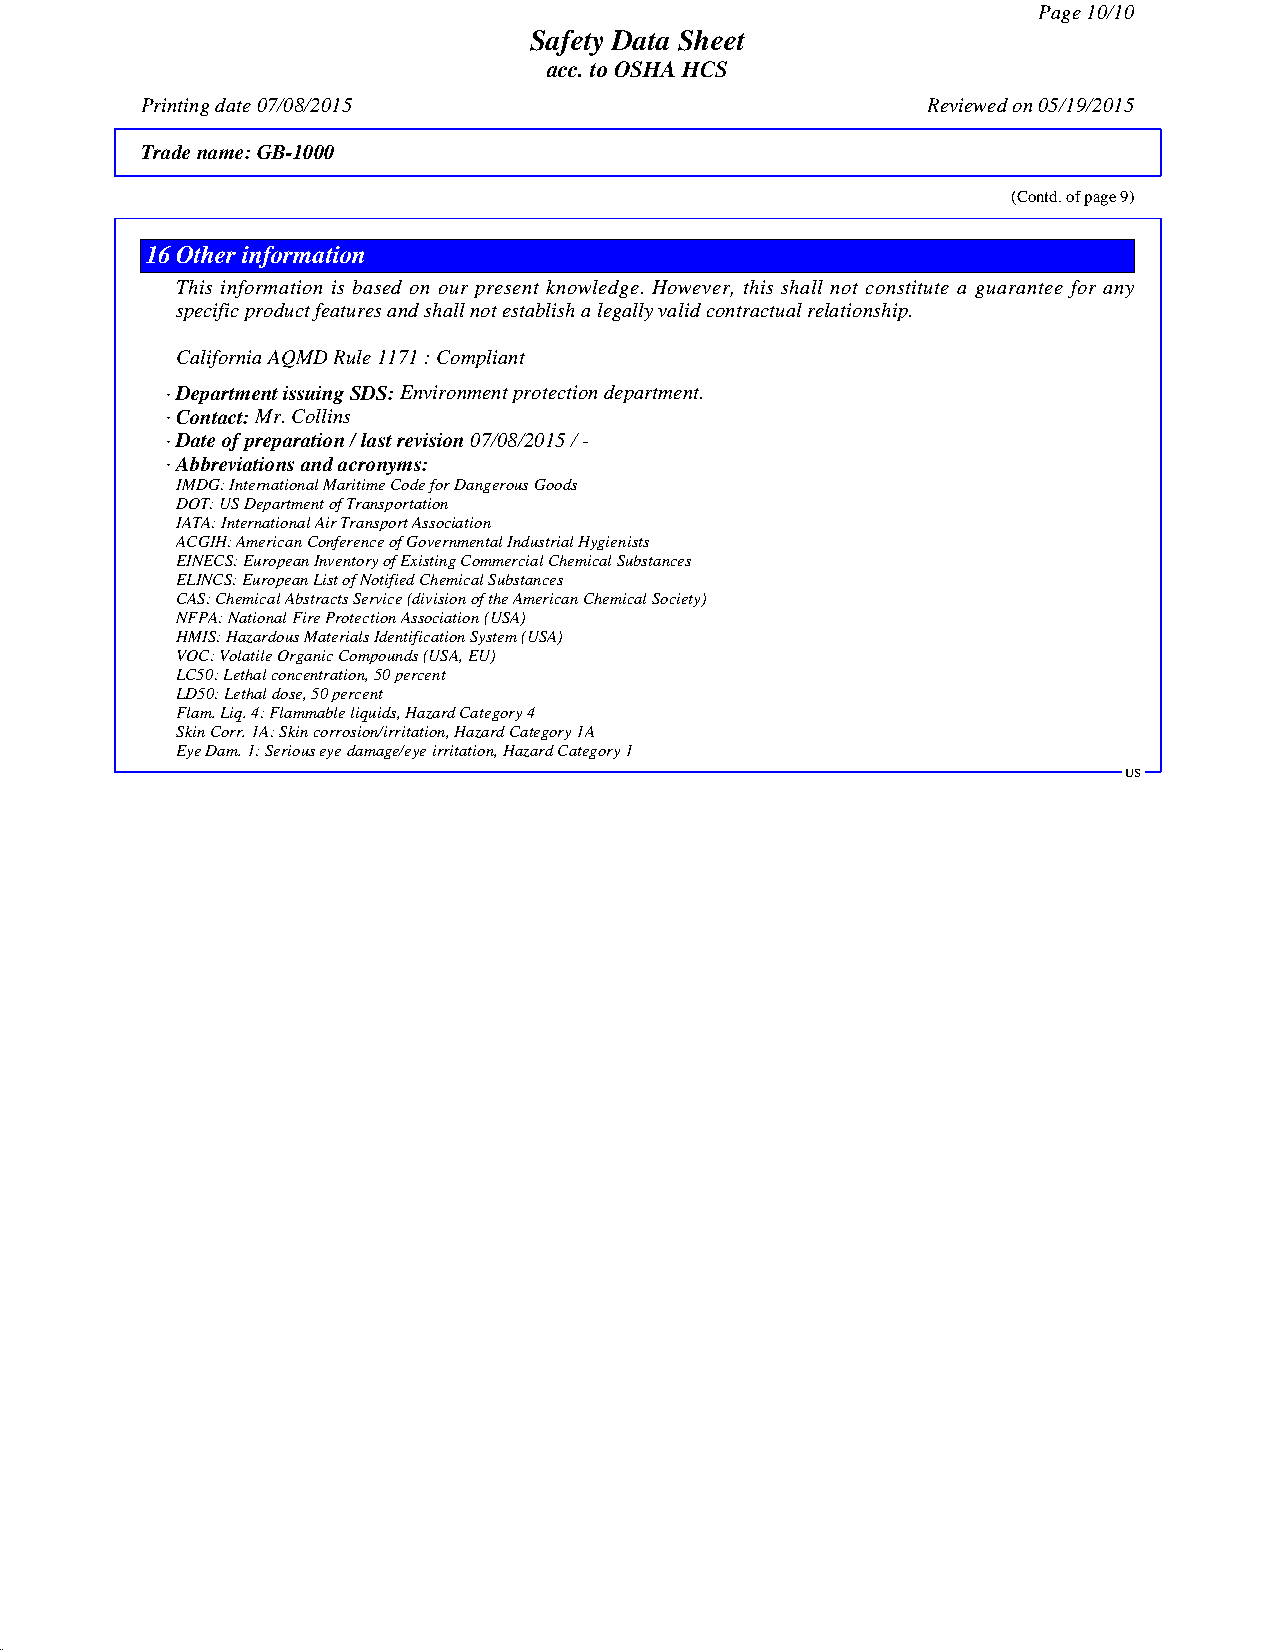
Page 10/10
 Safety Data Sheet
 acc. to OSHA HCS
 Printing date 07/08/2015                            Reviewed on 05/19/2015
 Trade name:GB-1000
 (Contd. of page 9)
 16Other information
 This information is based on our present knowledge. However, this shall not constitute a guarantee for any
 specific product features and shall not establish a legally valid contractual relationship.
 California AQMD Rule 1171 : Compliant
 · Department issuing SDS:Environment protection department.
 · Contact:Mr. Collins
 · Date of preparation / last revision07/08/2015 / -
 · Abbreviations and acronyms:
 IMDG: International Maritime Code for Dangerous Goods
 DOT: US Department of Transportation
 IATA: International Air Transport Association
 ACGIH: American Conference of Governmental Industrial Hygienists
 EINECS: European Inventory of Existing Commercial Chemical Substances
 ELINCS: European List of Notified Chemical Substances
 CAS: Chemical Abstracts Service (division of the American Chemical Society)
 NFPA: National Fire Protection Association (USA)
 HMIS: Hazardous Materials Identification System (USA)
 VOC: Volatile Organic Compounds (USA, EU)
 LC50: Lethal concentration, 50 percent
 LD50: Lethal dose, 50 percent
 Flam. Liq. 4: Flammable liquids, Hazard Category 4
 Skin Corr. 1A: Skin corrosion/irritation, Hazard Category 1A
 Eye Dam. 1: Serious eye damage/eye irritation, Hazard Category 1
 US
 41.0